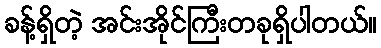
ခန့်ရှိတဲ့ အင်းအိုင်ကြီးတခုရှိပါတယ်။